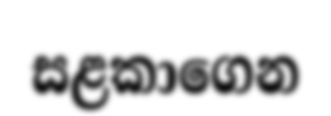
සළකාගෙන